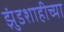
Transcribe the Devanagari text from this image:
झुंडशाहीच्या